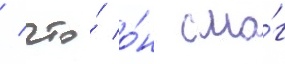
/ что́ о́н смо́г